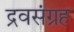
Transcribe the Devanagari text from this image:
द्रवसंग्रह